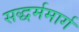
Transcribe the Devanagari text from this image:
सद्धर्ममार्ग